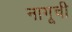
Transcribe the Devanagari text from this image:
नागूची